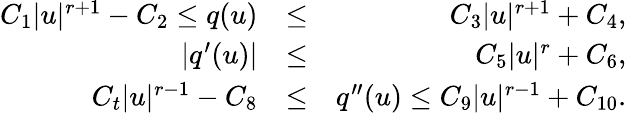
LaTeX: \begin{array}{rlr}{C_{1}|u|^{r+1}-C_{2}\leq q(u)}&{\leq}&{C_{3}|u|^{r+1}+C_{4},}\\ {|q^{\prime}(u)|}&{\leq}&{C_{5}|u|^{r}+C_{6},}\\ {C_{t}|u|^{r-1}-C_{8}}&{\leq}&{q^{\prime\prime}(u)\leq C_{9}|u|^{r-1}+C_{10}.}\end{array}